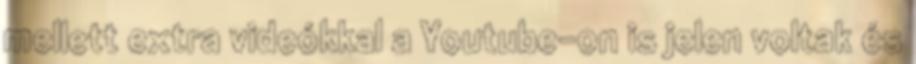
mellett extra videókkal a Youtube-on is jelen voltak és